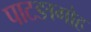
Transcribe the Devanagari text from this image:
पाटङागोह